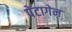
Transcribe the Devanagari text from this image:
पेंटागेन